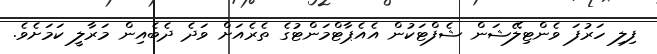
ފިލި ހަރުފަ ވެންޓިލޭޝަން ޝެފްޓަކުން އެއެޕާޓްމަންޓުގެ ތެރެއަށް ވަދެ ދެބެއިން މަރާލީ ކަމަށެވެ.